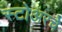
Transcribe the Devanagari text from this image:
स्टोअरचे